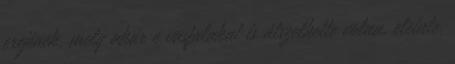
erejének, mely akár e vasfalakat is átszelhette volna, eleinte,